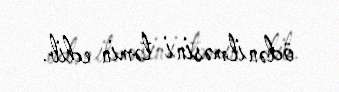
ödənilməsini təmin edib.